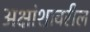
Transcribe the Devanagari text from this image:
अक्षांशावरील